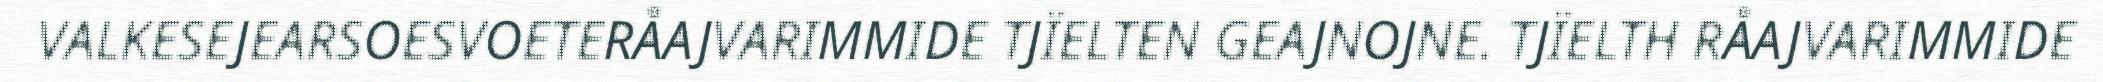
VALKESEJEARSOESVOETERÅAJVARIMMIDE TJÏELTEN GEAJNOJNE. TJÏELTH RÅAJVARIMMIDE